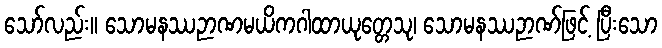
သော်လည်း။ သောမနဿဉာဏမယိကဂါထာယုတ္တေသု၊ သောမနဿဉာဏ်ဖြင့် ပြီးသော